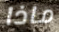
ماذا